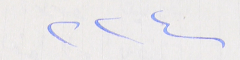
٢٢٤